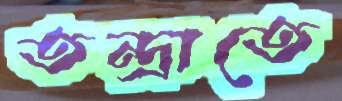
তন্দ্রাতে